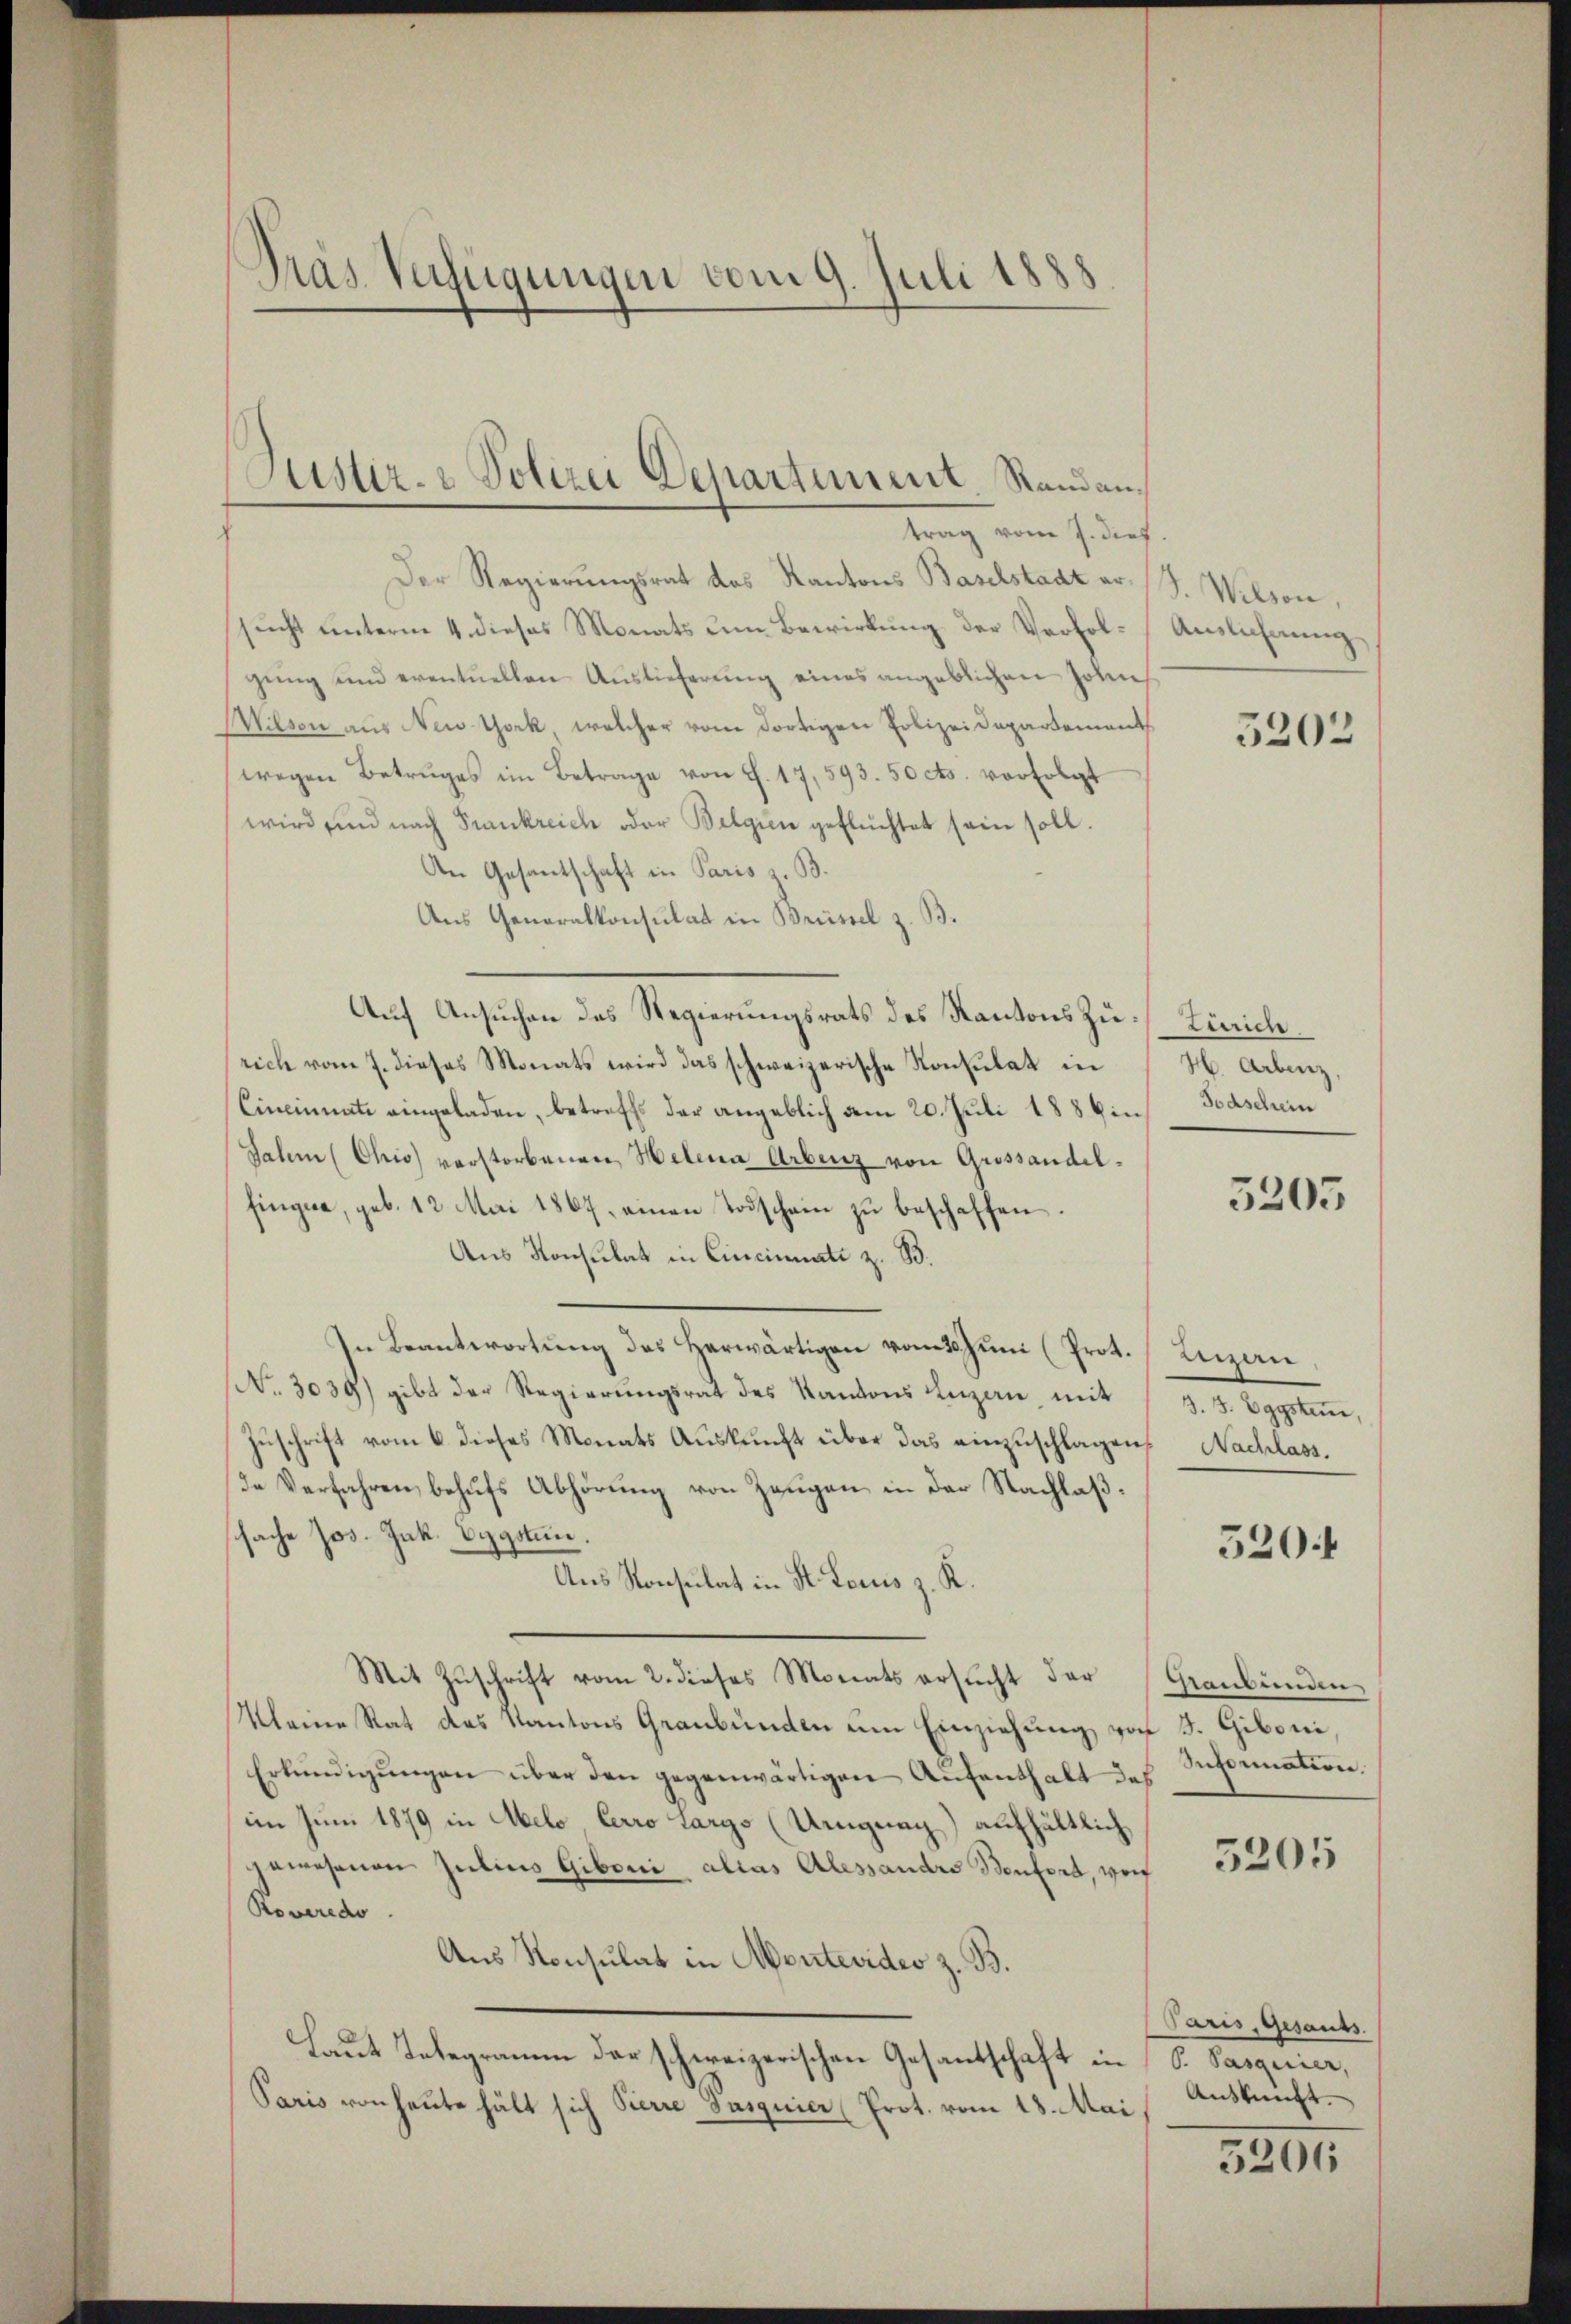
Tras Verfügungen vom 9. Juli 1888

trag vom 7. dies
Der Regierungsrat des Kantons Baselstadt er J. Wilson,
sucht unterm 4. dieses Monats um Bewirkung der Verfol-Auslichnung,
gŭng und eventuellen Auslieferung eines angeblichen Johnne
Wilsen aus New York, welcher vom dortigen Polizeidepartement
wegen Betruges im Betrage von S. 17,593. 50 cts. verfolgt
wird sind nach Frankreich oder Belgien geflüchtet sein soll.
An Gesantschaft in Paris B.
Aus Generalkonsulat in Brüssel z. B.
Auf Ansuchen des Regierungsrats des Kantons Zu- Zürich.
rich vom 7. dieses Monats wird das schweizerische Konsulat in H. Arbenz
Cincinati eingeladen, betreffs der angeblich am 20. Juli 1886 in Todschein
Jahm (Chis) verstorbenen Helena Arbenz von Grossandelfingere, geb. 12. Mai 1867 einen Todschein zŭ beschaffen.
Aus Konsulat in Cincinati z. B.
In Beantwortung des Herwärtigen vom 30. Juni (Prot. (Luzern
No. 3039) gibt der Regierungsrat des Kantons Luzen mit Eggsten,
Zuschrift vom 6. dieses Monats Auskunft über das einzuschlagen. Nachlass.
de Verfahren behufs Abhörung von Zeugen in der Nachlaßsache Jos. Jak. Byzgstun.
Aus Konsulat in St. Locus z. K.
Mit Zuschrift vom 2. dieses Monats ersucht der
Kleine Rat des Kantons Graubünden um Einziehung von S. Giboni,
Erkundigungen über den gegenwärtigen Aufenthalt das
im Juni 1879 in Abelo Cerro Largs (Ungung) aufhältlich
gewesenen Julius Giboni alias Alessandro Bonfort, wor
Roveredo
Aus Konsulat in Montevideo z. B.
Laut Telegramm der schweizerischen Gesantschaft in S. Pasquier,
Paris von heute hält sich Pierre Pasquier (Prot. vom 18. Mai

Justiz- & Polizei Departement, Randan¬

5202

5205

520.

Ranbunden
Information

5205

Paris, Gesants.
Auskunft.

5206